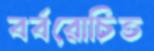
বর্বরোচিত